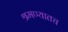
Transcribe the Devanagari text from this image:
श्रमण्यातच